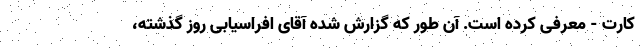
کارت - معرفی کرده است. آن طور که گزارش شده آقای افراسیابی روز گذشته،